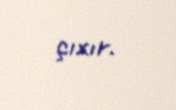
çıxır.